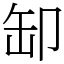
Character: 缷